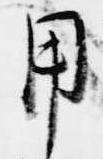
用